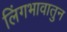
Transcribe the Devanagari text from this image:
लिंगभावातुन